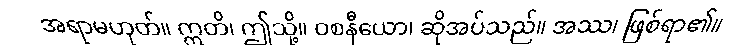
အရာမဟုတ်။ ဣတိ၊ ဤသို့။ ဝစနီယော၊ ဆိုအပ်သည်။ အဿ၊ ဖြစ်ရာ၏။